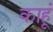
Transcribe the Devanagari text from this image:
काहूं